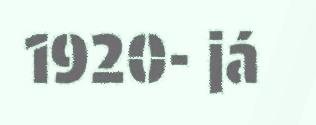
1920- já